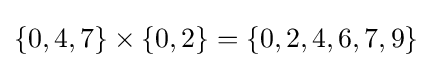
\{0,4,7\}\times \{0,2\}=\{0,2,4,6,7,9\}